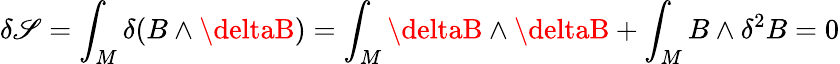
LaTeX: \delta\mathscr{S}=\int_{M}\delta(B\wedge\deltaB)=\int_{M}\deltaB\wedge\deltaB+\int_{M}B\wedge\delta^{2}B=0